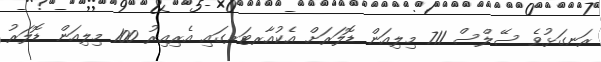
ރަނގަޅުވެ ސޭލްސް 711 މިލިއަން ޑޮލަރަށް އެކުއާރޓަރގައި އެރިއިރު 100 މިލިއަން ޑޮލަރު